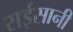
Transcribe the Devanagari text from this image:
राईसानी